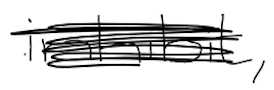
Text: inhibit,
Cross-out: scratch
Writing tool: digital_black